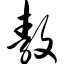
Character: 敖